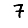
Digit: 7